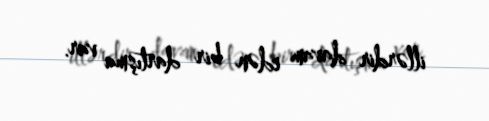
illərdir davam edən bir dartışma var.